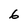
Character: 6